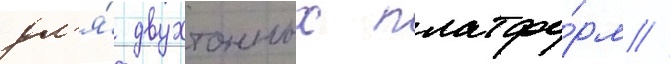
дл'я́ двухтонных платфо́рм //